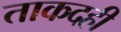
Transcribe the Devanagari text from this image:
ताकदही